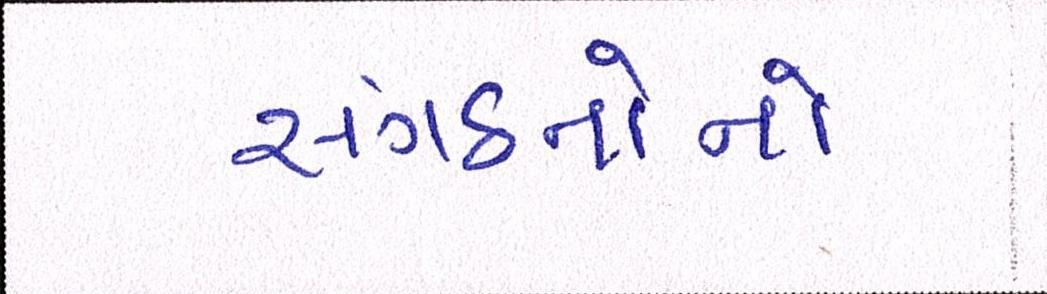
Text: સંગઠનોનો